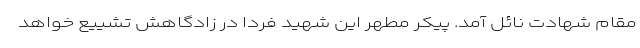
مقام شهادت نائل آمد. پیکر مطهر این شهید فردا در زادگاهش تشییع خواهد